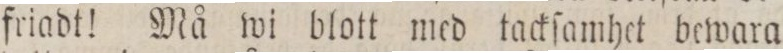
friadt! Må wi blott med tackſamhet bewara